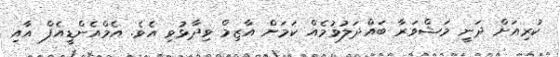
ކުރިއަށް ދަނީ މަޝްވަރާ ބައްދަލުވުމެއް ކަމަށް އާޒިމް ވިދާޅުވި އެވެ. އެމްއެންޑީއެފް އާއި